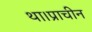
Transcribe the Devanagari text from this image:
था।प्राचीन